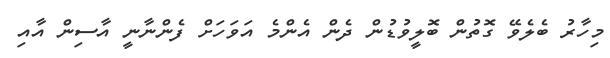
މިހާރު ބެލެވޭ ގޮތުން ބޮލީވުޑުން ދެން އެންމެ އަވަހަށް ފެންނާނީ އާސިން އާއި